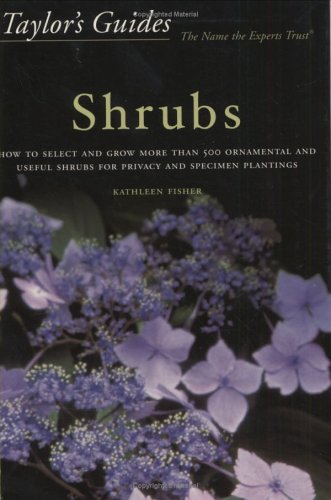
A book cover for Taylor's Guide to Shrubs: How to Select and Grow More than 500 Ornamental and Useful Shrubs for Privacy, Ground Covers, and Specimen Plantings; Kathleen Fisher; Crafts, Hobbies & Home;